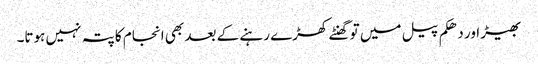
بھیڑ اور دھکم پیل میں تو گھنٹے کھڑے رہنے کے بعد بھی انجام کا پتہ نہیں ہوتا۔